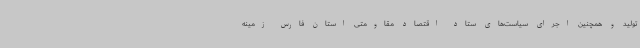
تولید و همچنین اجرای سیاست‌های ستاد اقتصاد مقاومتی استان فارس زمینه